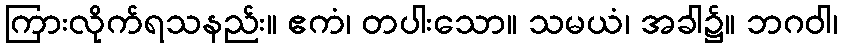
ကြားလိုက်ရသနည်း။ ဧကံ၊ တပါးသော။ သမယံ၊ အခါ၌။ ဘဂဝါ၊